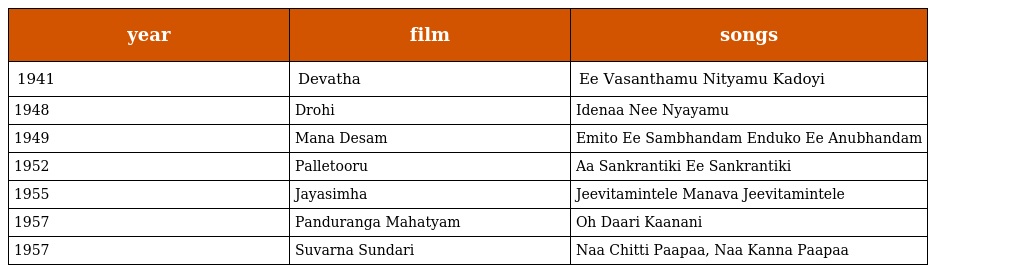
| year | film | songs |
 | --- | --- | --- |
 | 1941 | Devatha | Ee Vasanthamu Nityamu Kadoyi |
 | 1948 | Drohi | Idenaa Nee Nyayamu |
 | 1949 | Mana Desam | Emito Ee Sambhandam Enduko Ee Anubhandam |
 | 1952 | Palletooru | Aa Sankrantiki Ee Sankrantiki |
 | 1955 | Jayasimha | Jeevitamintele Manava Jeevitamintele |
 | 1957 | Panduranga Mahatyam | Oh Daari Kaanani |
 | 1957 | Suvarna Sundari | Naa Chitti Paapaa, Naa Kanna Paapaa |